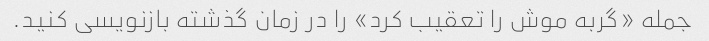
جمله «گربه موش را تعقیب کرد» را در زمان گذشته بازنویسی کنید.